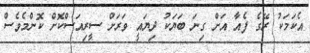
އެކަމަކު ރޭގެ ފެއާ އަށް ގިނަ ބަޔަކު ދިޔައީ ވަރަށް ސީރިއަސްކޮށް ކޮންމެވެސް